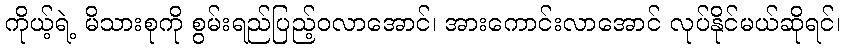
ကိုယ့်ရဲ့ မိသားစုကို စွမ်းရည်ပြည့်ဝလာအောင်၊ အားကောင်းလာအောင် လုပ်နိုင်မယ်ဆိုရင်၊